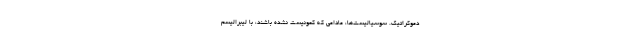
دموکراتیک. سوسیالیست‌ها، مادامی که کمونیست نشده باشند، با لیبرالیسم